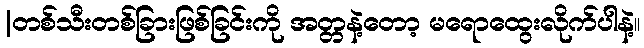
|တစ်သီးတစ်ခြားဖြစ်ခြင်းကို အတ္တနဲ့တော့ မရောထွေးလိုက်ပါနဲ့။